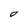
Character: O